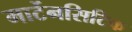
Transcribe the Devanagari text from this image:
मार्टेनसिटिक